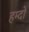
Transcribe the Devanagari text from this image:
हम्दो